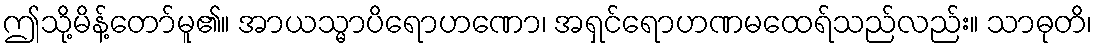
ဤသို့မိန့်တော်မူ၏။ အာယသ္မာပိရောဟဏော၊ အရှင်ရောဟဏမထေရ်သည်လည်း။ သာဓုတိ၊